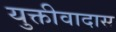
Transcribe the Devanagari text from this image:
युक्तीवादास